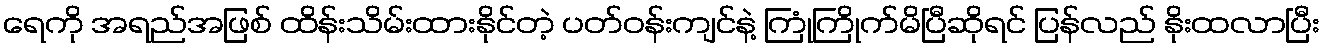
ရေကို အရည်အဖြစ် ထိန်းသိမ်းထားနိုင်တဲ့ ပတ်ဝန်းကျင်နဲ့ ကြုံကြိုက်မိပြီဆိုရင် ပြန်လည် နိုးထလာပြီး